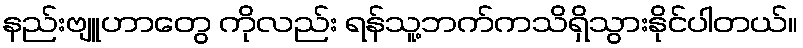
နည်းဗျူဟာတွေ ကိုလည်း ရန်သူ့ဘက်ကသိရှိသွားနိုင်ပါတယ်။